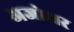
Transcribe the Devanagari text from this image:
अजोधर